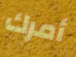
أمرك